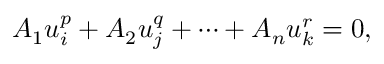
A _ { 1 } u _ { i } ^ { p } + A _ { 2 } u _ { j } ^ { q } + \dots + A _ { n } u _ { k } ^ { r } = 0 ,